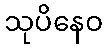
သုပိနေဝ